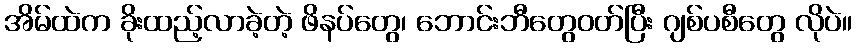
အိမ်ထဲက ခိုးထည့်လာခဲ့တဲ့ ဖိနပ်တွေ၊ ဘောင်းဘီတွေဝတ်ပြီး ဂျစ်ပစီတွေ လိုပဲ။